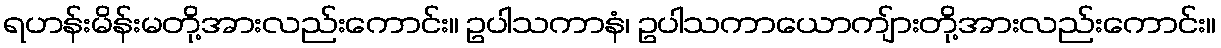
ရဟန်းမိန်းမတို့အားလည်းကောင်း။ ဥပါသကာနံ၊ ဥပါသကာယောကျ်ားတို့အားလည်းကောင်း။